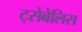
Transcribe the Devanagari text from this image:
ट्सेबेलिस